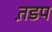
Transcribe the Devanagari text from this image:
त़डप